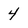
Character: 4